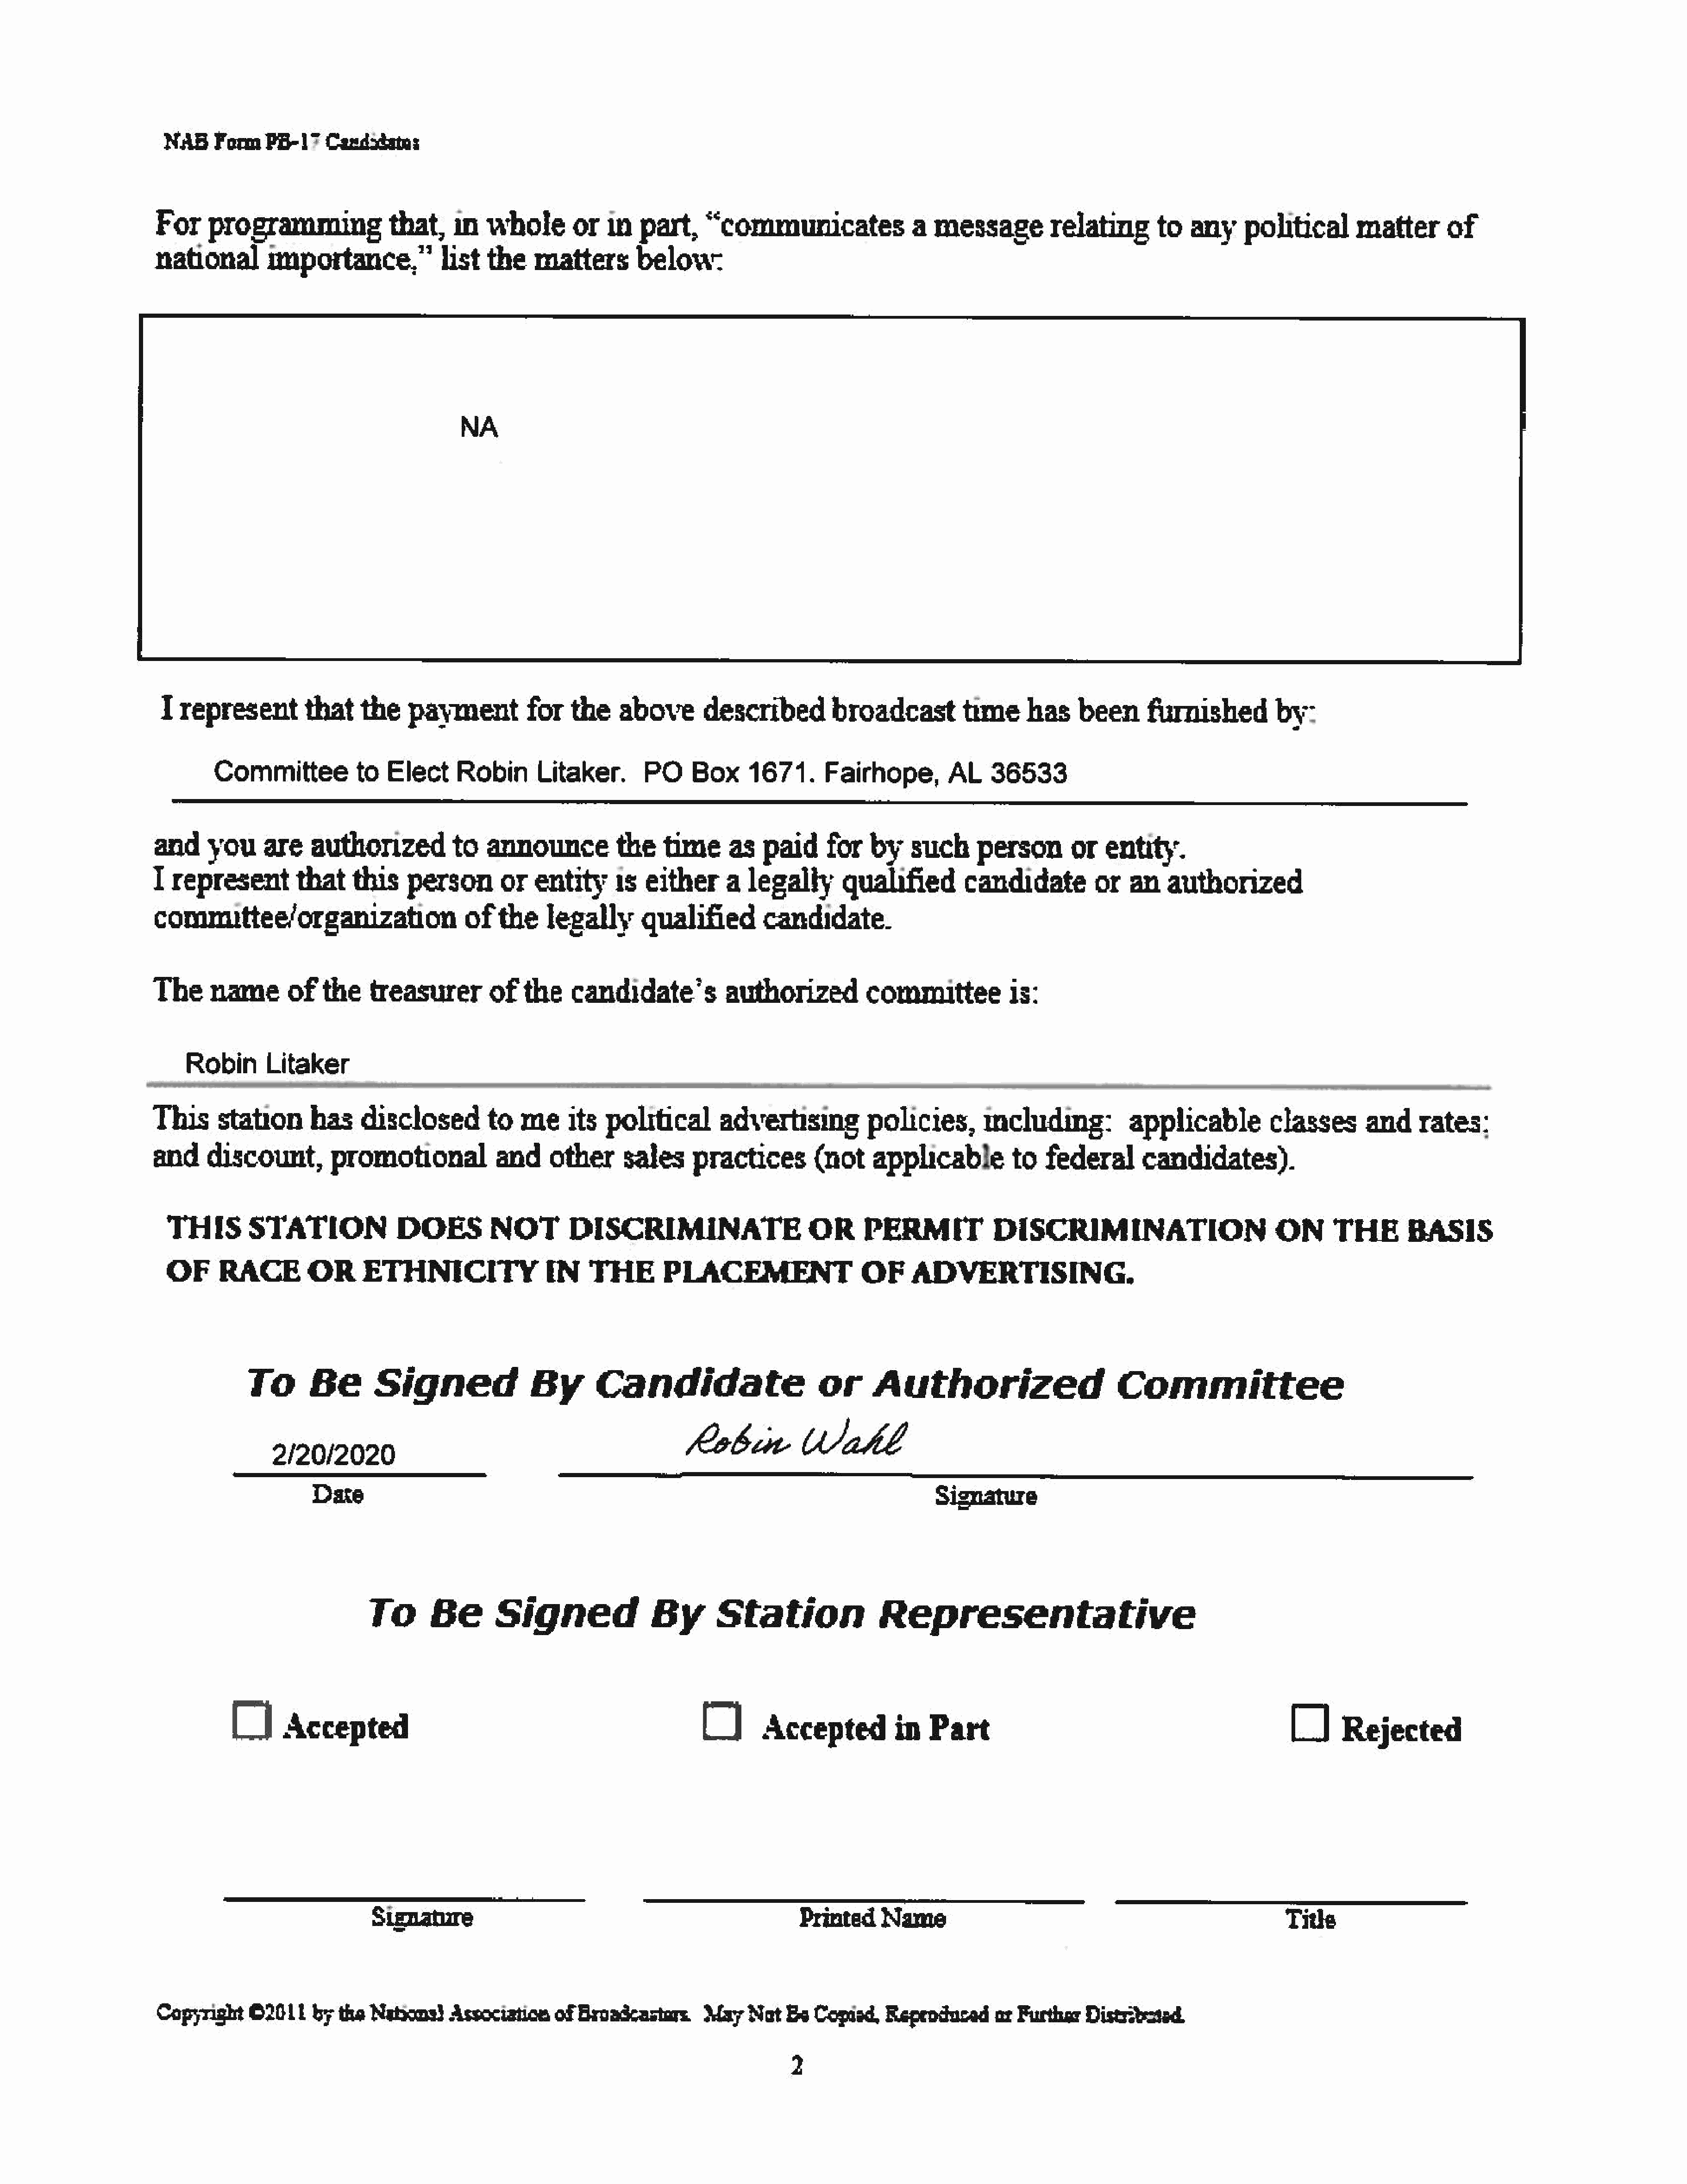
NAB     Form   PB-17    Candstatas
 For     programmingthat,                   in   whole       or   in  part,     “communicates                a   messagerelating                to   anypolitical            matter       of
 national        nportance,”list                 the   matters        below:
 representthat               the    payment          for    the    above       described         broadcast          time     has    been      furnished         by:
 Committee           to  Elect     Robin       Litaker.       PO     Box     1671.      Fairhope,        AL     36533
 and     you     are    authorized          to   announcethe              time     as   paid     for   by    such      person       or   entity.
 I  represent        that    this    person        or  entity1s        either      a  legally      qualified         candidate         or    an   authorized
 commuttee/organization                       ofthe      legally       qualified        candidate.
 The     nameofthe              treasurer        of   the    candidate’s           authorized          committeeis:
 __Robin          Litaker                                    __                                                                               _
 This     station      has     disclosed         to  meits        political       advertising          policies,        mcluding:           applicable           classes      and     rates:
 and     discount,        promotional             and     other     sales     practices        (not     applicable          to  federal       candidates).
 THIS        STATION              DOES         NOT        DISCRIMINATE                      OR       PERMIT            DISCRIMINATION                          ON       THE       BASIS
 OF     RACE         OR      ETHNICITY                 IN    THE        PLACEMENT                   OF     ADVERTISING.
 To       Be       Signed                 By       Candidate                       or      Authorized                         Committee
 2/20/2020                                                  Kobi             Wahl
 Date                                                                                     Signature
 To       Be       Signed                By       Station                 Representative
 Cl     Accepted                                                    O        Accepted           in   Part                                                CO     Rejected
 Sizmature                                                    Printed     Name                                                      Title
 Copyright     ©2011    by the  Natsone}   Association    ofBroadcastare        MayNot     Bs  Copiad,    Reproduced     ar Furthar   Distrobated.
 2